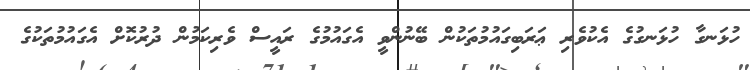
ހުޅަނގާ ހުޅަނގުގެ އެކުވެރި ޢަރަބިގައުމުތަކުން ބޭނުންވީ އެގައުމުގެ ރައީސް ވެރިކަމުން ދުރުކޮށް އެގައުމުތަކުގެ